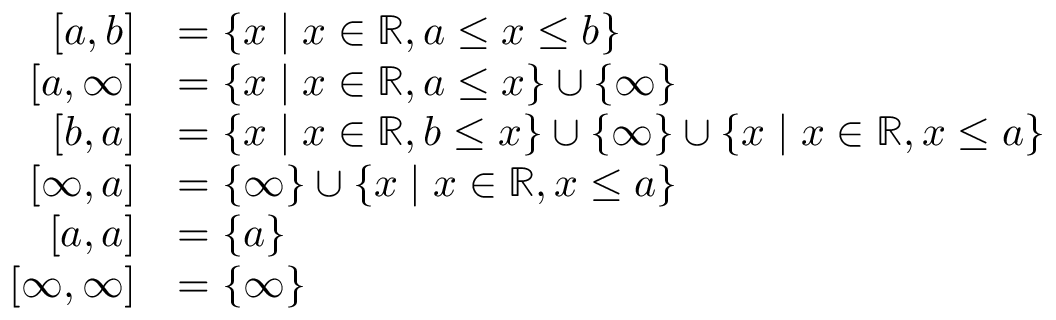
{ \begin{array} { r l } { \left[ a , b \right] } & { = \lbrace x \mid x \in \mathbb { R } , a \leq x \leq b \rbrace } \\ { \left[ a , \infty \right] } & { = \lbrace x \mid x \in \mathbb { R } , a \leq x \rbrace \cup \lbrace \infty \rbrace } \\ { \left[ b , a \right] } & { = \lbrace x \mid x \in \mathbb { R } , b \leq x \rbrace \cup \lbrace \infty \rbrace \cup \lbrace x \mid x \in \mathbb { R } , x \leq a \rbrace } \\ { \left[ \infty , a \right] } & { = \lbrace \infty \rbrace \cup \lbrace x \mid x \in \mathbb { R } , x \leq a \rbrace } \\ { \left[ a , a \right] } & { = \{ a \} } \\ { \left[ \infty , \infty \right] } & { = \lbrace \infty \rbrace } \end{array} }